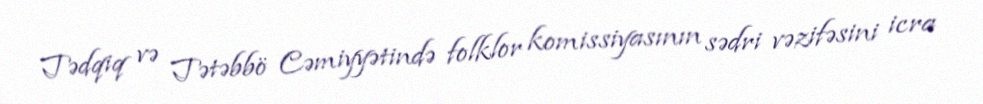
Tədqiq və Tətəbbö Cəmiyyətində folklor komissiyasının sədri vəzifəsini icra